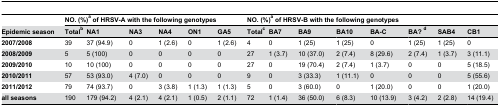
<table><thead><tr><td></td><td colspan="6"><b>NO. (%)<sup>a</sup> of HRSV-A with the following genotypes</b></td><td colspan="8"><b>NO. (%)<sup>a</sup> of HRSV-B with the following genotypes</b></td></tr><tr><td><b>Epidemic season</b></td><td><b>Total<sup>b</sup></b></td><td><b>NA1</b></td><td><b>NA3</b></td><td><b>NA4</b></td><td><b>ON1</b></td><td><b>GA5</b></td><td><b>Total<sup>c</sup></b></td><td><b>BA7</b></td><td><b>BA9</b></td><td><b>BA10</b></td><td><b>BA-C</b></td><td><b>BA? <sup>d</sup></b></td><td><b>SAB4</b></td><td><b>CB1</b></td></tr></thead><tbody><tr><td><b>2007/2008</b></td><td>39</td><td>37 (94.9)</td><td>0</td><td>1 (2.6)</td><td>0</td><td>1 (2.6)</td><td>4</td><td>0</td><td>1 (25)</td><td>1 (25)</td><td>0</td><td>1 (25)</td><td>1 (25)</td><td>0</td></tr><tr><td><b>2008/2009</b></td><td>5</td><td>5 (100)</td><td>0</td><td>0</td><td>0</td><td>0</td><td>27</td><td>1 (3.7)</td><td>10 (37.0)</td><td>2 (7.4)</td><td>8 (29.6)</td><td>2 (7.4)</td><td>1 (3.7)</td><td>3 (11.1)</td></tr><tr><td><b>2009/2010</b></td><td>10</td><td>10 (100)</td><td>0</td><td>0</td><td>0</td><td>0</td><td>27</td><td>0</td><td>19 (70.4)</td><td>2 (7.4)</td><td>1 (3.7)</td><td>0</td><td>0</td><td>5 (18.5)</td></tr><tr><td><b>2010/2011</b></td><td>57</td><td>53 (93.0)</td><td>4 (7.0)</td><td>0</td><td>0</td><td>0</td><td>9</td><td>0</td><td>3 (33.3)</td><td>1 (11.1)</td><td>0</td><td>0</td><td>0</td><td>5 (55.6)</td></tr><tr><td><b>2011/2012</b></td><td>79</td><td>74 (93.7)</td><td>0</td><td>3 (3.8)</td><td>1 (1.3)</td><td>1 (1.3)</td><td>5</td><td>0</td><td>3 (60.0)</td><td>0</td><td>1 (20.0)</td><td>0</td><td>0</td><td>1 (20.0)</td></tr><tr><td><b>all seasons</b></td><td>190</td><td>179 (94.2)</td><td>4 (2.1)</td><td>4 (2.1)</td><td>1 (0.5)</td><td>2 (1.1)</td><td>72</td><td>1 (1.4)</td><td>36 (50.0)</td><td>6 (8.3)</td><td>10 (13.9)</td><td>3 (4.2)</td><td>2 (2.8)</td><td>14 (19.4)</td></tr></tbody></table>